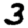
Digit: 3